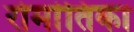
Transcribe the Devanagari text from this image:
रोमांतिका